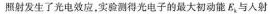
照射发生了光电效应。实验测得光电子的最大初动能E_{k}与入射